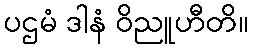
ပဌမံ ဒါနံ ဝိညူဟီတိ။